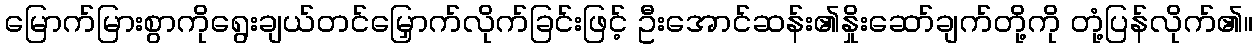
မြောက်မြားစွာကိုရွေးချယ်တင်မြှောက်လိုက်ခြင်းဖြင့် ဦးအောင်ဆန်း၏နှိုးဆော်ချက်တို့ကို တုံ့ပြန်လိုက်၏။